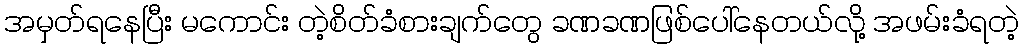
အမှတ်ရနေပြီး မကောင်း တဲ့စိတ်ခံစားချက်တွေ ခဏခဏဖြစ်ပေါ်နေတယ်လို့ အဖမ်းခံရတဲ့